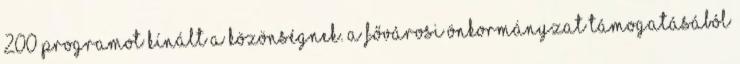
200 programot kínált a közönségnek. A fővárosi önkormányzat támogatásából